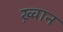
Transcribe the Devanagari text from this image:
ख़्वान